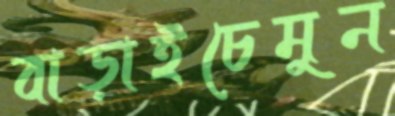
বাড়াইচেমুন